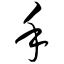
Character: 手